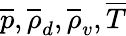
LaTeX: \overline{{p}},\overline{{\rho}}_{d},\overline{{\rho}}_{v},\overline{{T}}